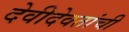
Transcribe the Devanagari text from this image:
देवीदेवतांची